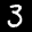
Digit: 3